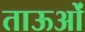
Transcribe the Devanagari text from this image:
ताऊओं